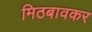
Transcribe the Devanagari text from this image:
मिठबावकर